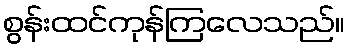
စွန်းထင်ကုန်ကြလေသည်။